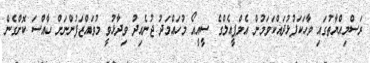
ރަސްމިއްޔާތުގައި ވާހަކަފުޅުދައްކަވަމުން އެމްޕީއެލްގެ ސީއީއޯ މުހައްމަދު ޖުނެއިދު ވިދާޅުވީ މުވައްޒަފުންނަށް ހާއްސަ ކޮށްގެން